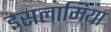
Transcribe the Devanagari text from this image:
इसलामिया